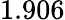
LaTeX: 1.906